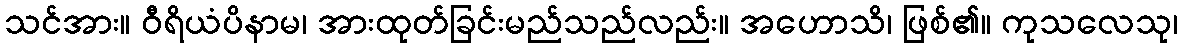
သင်အား။ ဝီရိယံပိနာမ၊ အားထုတ်ခြင်းမည်သည်လည်း။ အဟောသိ၊ ဖြစ်၏။ ကုသလေသု၊